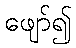
ဖျော်၍